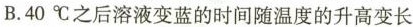
B.40℃之后溶液变蓝的时间随温度的升高变长